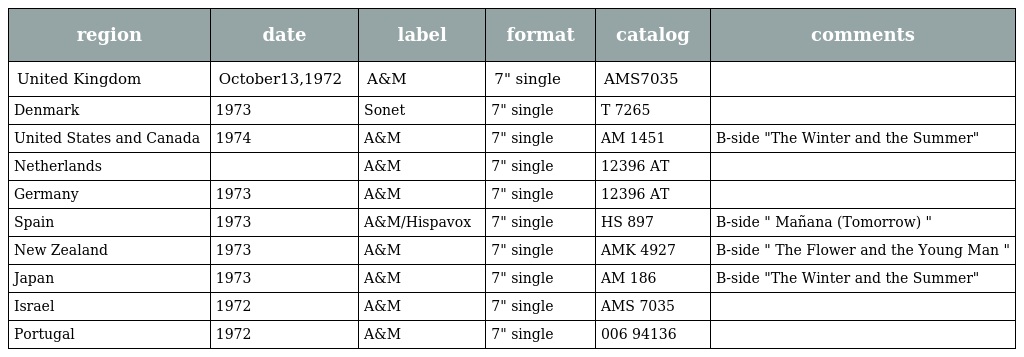
| region | date | label | format | catalog | comments |
 | --- | --- | --- | --- | --- | --- |
 | United Kingdom | October13,1972 | A&M | 7" single | AMS7035 |  |
 | Denmark | 1973 | Sonet | 7" single | T 7265 |  |
 | United States and Canada | 1974 | A&M | 7" single | AM 1451 | B-side "The Winter and the Summer" |
 | Netherlands |  | A&M | 7" single | 12396 AT |  |
 | Germany | 1973 | A&M | 7" single | 12396 AT |  |
 | Spain | 1973 | A&M/Hispavox | 7" single | HS 897 | B-side " Mañana (Tomorrow) " |
 | New Zealand | 1973 | A&M | 7" single | AMK 4927 | B-side " The Flower and the Young Man " |
 | Japan | 1973 | A&M | 7" single | AM 186 | B-side "The Winter and the Summer" |
 | Israel | 1972 | A&M | 7" single | AMS 7035 |  |
 | Portugal | 1972 | A&M | 7" single | 006 94136 |  |